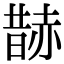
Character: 𧹨